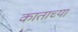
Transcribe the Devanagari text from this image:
काताच्या